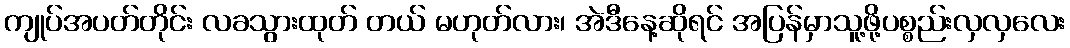
ကျုပ်အပတ်တိုင်း လခသွားထုတ် တယ် မဟုတ်လား၊ အဲဒီနေ့ဆိုရင် အပြန်မှာသူ့ဖို့ပစ္စည်းလှလှလေး